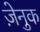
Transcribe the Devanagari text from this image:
ज़ेनुक